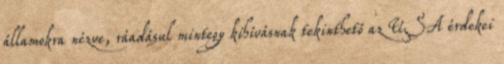
államokra nézve, ráadásul mintegy kihívásnak tekinthető az USA érdekei